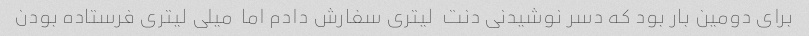
برای دومین بار بود که دسر نوشیدنی دنت  لیتری سفارش دادم اما  میلی لیتری فرستاده بودن